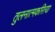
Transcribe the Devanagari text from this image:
तुलनात्मकरित्या